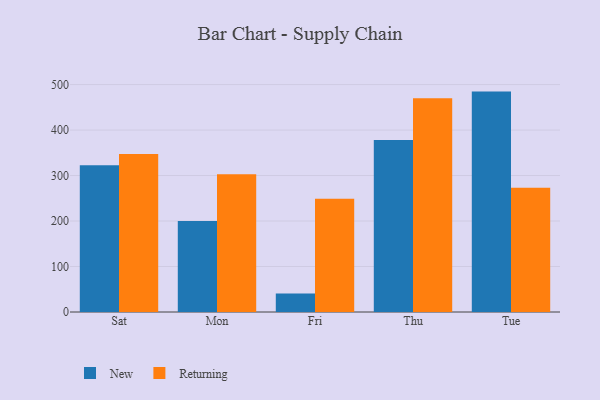
{"axis": {"x": "Day", "y": "Satisfaction Score"}, "legend": ["New", "Returning"], "data": [{"x": "Sat", "y": 322.8, "type": "New"}, {"x": "Sat", "y": 347.1, "type": "Returning"}, {"x": "Mon", "y": 200.2, "type": "New"}, {"x": "Mon", "y": 303.0, "type": "Returning"}, {"x": "Fri", "y": 40.5, "type": "New"}, {"x": "Fri", "y": 248.7, "type": "Returning"}, {"x": "Thu", "y": 378.0, "type": "New"}, {"x": "Thu", "y": 470.1, "type": "Returning"}, {"x": "Tue", "y": 484.5, "type": "New"}, {"x": "Tue", "y": 273.2, "type": "Returning"}]}